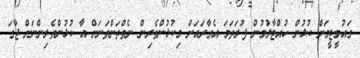
ގައުމީޓީމަށް ކުޅުން ހުއްޓާލުމުން ފުރަތަމަ އެގާރައަށް މިކުޅުންތެރިން ނެތްތަންތަނަށް އާ ކުޅުންތެރިންނަށް ޖާގަ